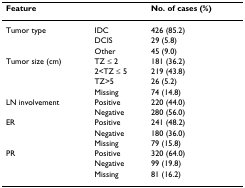
<table><thead><tr><td><b>Feature</b></td><td></td><td><b>No. of cases (%)</b></td></tr></thead><tbody><tr><td>Tumor type</td><td>IDC</td><td>426 (85.2)</td></tr><tr><td></td><td>DCIS</td><td>29 (5.8)</td></tr><tr><td></td><td>Other</td><td>45 (9.0)</td></tr><tr><td>Tumor size (cm)</td><td>TZ ≤ 2</td><td>181 (36.2)</td></tr><tr><td></td><td>2&lt;TZ ≤ 5</td><td>219 (43.8)</td></tr><tr><td></td><td>TZ&gt;5</td><td>26 (5.2)</td></tr><tr><td></td><td>Missing</td><td>74 (14.8)</td></tr><tr><td>LN involvement</td><td>Positive</td><td>220 (44.0)</td></tr><tr><td></td><td>Negative</td><td>280 (56.0)</td></tr><tr><td>ER</td><td>Positive</td><td>241 (48.2)</td></tr><tr><td></td><td>Negative</td><td>180 (36.0)</td></tr><tr><td></td><td>Missing</td><td>79 (15.8)</td></tr><tr><td>PR</td><td>Positive</td><td>320 (64.0)</td></tr><tr><td></td><td>Negative</td><td>99 (19.8)</td></tr><tr><td></td><td>Missing</td><td>81 (16.2)</td></tr></tbody></table>